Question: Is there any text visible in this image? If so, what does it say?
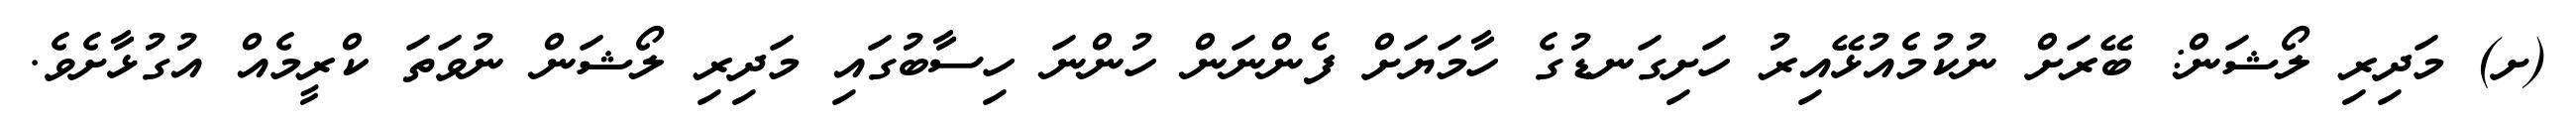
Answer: (ށ) މަދިރި ލޯޝަން: ބޭރަށް ނުކުމެއުޅޭއިރު ހަށިގަނޑުގެ ހާމަޔަށް ފެންނަން ހުންނަ ހިސާބުގައި މަދިރި ލޯޝަން ނުވަތަ ކްރީމެއް އުގުޅާށެވެ.